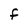
Character: F